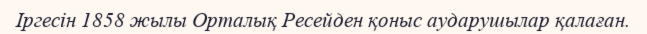
Іргесін 1858 жылы Орталық Ресейден қоныс аударушылар қалаған.